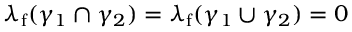
\lambda _ { \mathrm { f } } ( \gamma _ { 1 } \cap \gamma _ { 2 } ) = \lambda _ { \mathrm { f } } ( \gamma _ { 1 } \cup \gamma _ { 2 } ) = 0